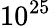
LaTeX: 10^{25}